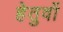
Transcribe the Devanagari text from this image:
हेतुवों